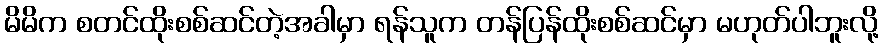
မိမိက စတင်ထိုးစစ်ဆင်တဲ့အခါမှာ ရန်သူက တန်ပြန်ထိုးစစ်ဆင်မှာ မဟုတ်ပါဘူးလို့